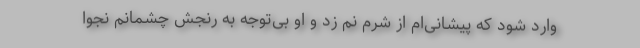
وارد شود که پیشانی‌ام از شرم نم زد و او بی‌توجه به رنجش چشمانم نجوا